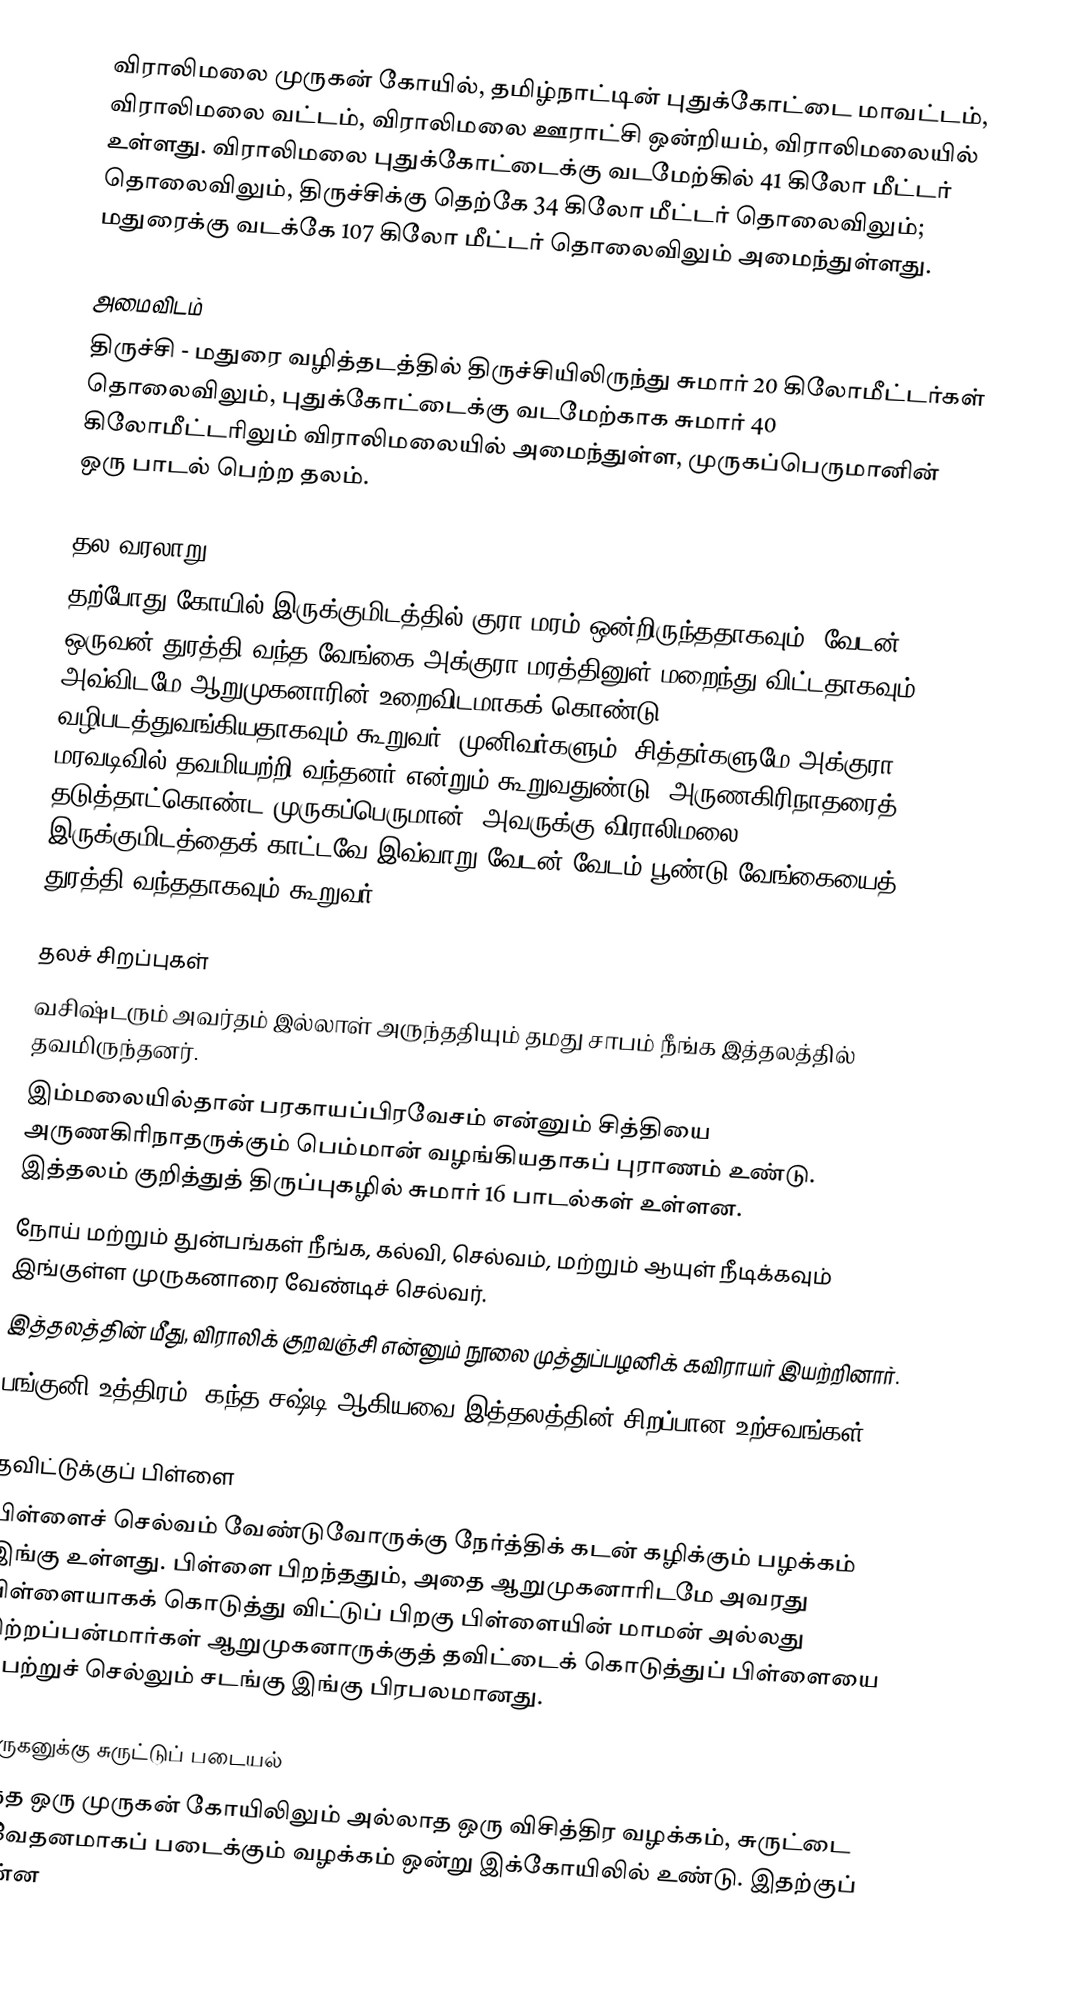
விராலிமலை முருகன் கோயில், தமிழ்நாட்டின் புதுக்கோட்டை மாவட்டம், விராலிமலை வட்டம், விராலிமலை ஊராட்சி ஒன்றியம், விராலிமலையில் உள்ளது. விராலிமலை புதுக்கோட்டைக்கு வடமேற்கில் 41 கிலோ மீட்டர் தொலைவிலும், திருச்சிக்கு தெற்கே 34 கிலோ மீட்டர் தொலைவிலும்; மதுரைக்கு வடக்கே 107 கிலோ மீட்டர் தொலைவிலும் அமைந்துள்ளது.

அமைவிடம்
திருச்சி - மதுரை வழித்தடத்தில் திருச்சியிலிருந்து சுமார் 20 கிலோமீட்டர்கள் தொலைவிலும், புதுக்கோட்டைக்கு வடமேற்காக சுமார் 40 கிலோமீட்டரிலும் விராலிமலையில் அமைந்துள்ள, முருகப்பெருமானின் ஒரு பாடல் பெற்ற தலம்.

தல வரலாறு
தற்போது கோயில் இருக்குமிடத்தில் குரா மரம் ஒன்றிருந்ததாகவும், வேடன் ஒருவன் துரத்தி வந்த வேங்கை அக்குரா மரத்தினுள் மறைந்து விட்டதாகவும், அவ்விடமே ஆறுமுகனாரின் உறைவிடமாகக் கொண்டு வழிபடத்துவங்கியதாகவும் கூறுவர். முனிவர்களும், சித்தர்களுமே அக்குரா மரவடிவில் தவமியற்றி வந்தனர் என்றும் கூறுவதுண்டு. அருணகிரிநாதரைத் தடுத்தாட்கொண்ட முருகப்பெருமான், அவருக்கு விராலிமலை இருக்குமிடத்தைக் காட்டவே இவ்வாறு வேடன் வேடம் பூண்டு வேங்கையைத் துரத்தி வந்ததாகவும் கூறுவர்.

தலச் சிறப்புகள்
 வசிஷ்டரும் அவர்தம் இல்லாள் அருந்ததியும் தமது சாபம் நீங்க இத்தலத்தில் தவமிருந்தனர்.
 இம்மலையில்தான் பரகாயப்பிரவேசம் என்னும் சித்தியை அருணகிரிநாதருக்கும் பெம்மான் வழங்கியதாகப் புராணம் உண்டு. இத்தலம் குறித்துத் திருப்புகழில் சுமார் 16 பாடல்கள் உள்ளன.
 நோய் மற்றும் துன்பங்கள் நீங்க, கல்வி, செல்வம், மற்றும் ஆயுள் நீடிக்கவும் இங்குள்ள முருகனாரை வேண்டிச் செல்வர்.
 இத்தலத்தின் மீது, விராலிக் குறவஞ்சி என்னும் நூலை முத்துப்பழனிக் கவிராயர் இயற்றினார்.
 பங்குனி உத்திரம், கந்த சஷ்டி ஆகியவை இத்தலத்தின் சிறப்பான உற்சவங்கள்.

தவிட்டுக்குப் பிள்ளை
பிள்ளைச் செல்வம் வேண்டுவோருக்கு நேர்த்திக் கடன் கழிக்கும் பழக்கம் இங்கு உள்ளது. பிள்ளை பிறந்ததும், அதை ஆறுமுகனாரிடமே அவரது பிள்ளையாகக் கொடுத்து விட்டுப் பிறகு பிள்ளையின் மாமன் அல்லது சிற்றப்பன்மார்கள் ஆறுமுகனாருக்குத் தவிட்டைக் கொடுத்துப் பிள்ளையை பெற்றுச் செல்லும் சடங்கு இங்கு பிரபலமானது.

முருகனுக்கு சுருட்டுப் படையல்
எந்த ஒரு முருகன் கோயிலிலும் அல்லாத ஒரு விசித்திர வழக்கம், சுருட்டை நிவேதனமாகப் படைக்கும் வழக்கம் ஒன்று இக்கோயிலில் உண்டு. இதற்குப் பின்ன